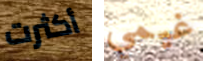
أكثرت غيمي